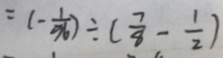
= ( - \frac { 1 } { 9 6 } ) \div ( \frac { 7 } { 8 } - \frac { 1 } { 2 } )